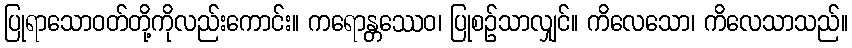
ပြုရာသောဝတ်တို့ကိုလည်းကောင်း။ ကရောန္တဿေဝ၊ ပြုစဉ်သာလျှင်။ ကိလေသော၊ ကိလေသာသည်။